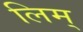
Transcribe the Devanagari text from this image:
लिम्‌